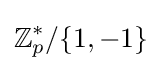
\mathbb {Z} _{p}^{*}/\{1,-1\}